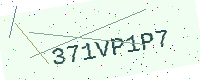
Text: 371VP1P7